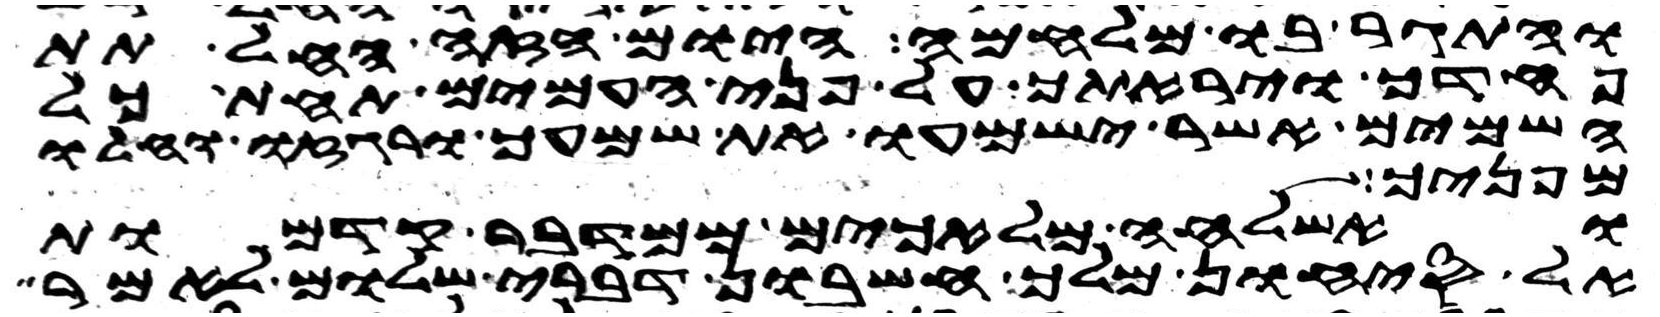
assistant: והתגר בו מלחמה היום הזה החל תת
פחדך ויראתך על פני העמים תחת כל
השמים אשר ישמעו את שמעך ורגזו וחלו
מפניך
ואשלחה מלאכים ממדבר קדמות
אל סיחון מלך חשבון דברי שלום לאמר